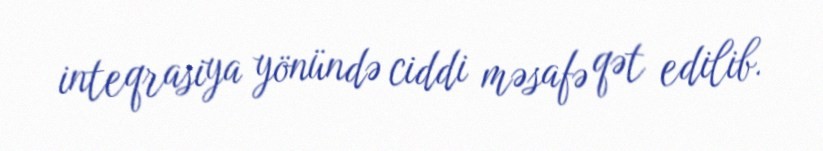
inteqrasiya yönündə ciddi məsafə qət edilib.